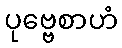
ပုဗ္ဗေစာဟံ